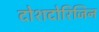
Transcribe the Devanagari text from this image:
दोशदोरिजिन